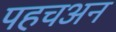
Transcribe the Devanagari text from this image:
पहचअन